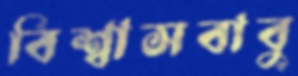
বিশ্বাসবাবু